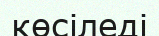
көсіледі